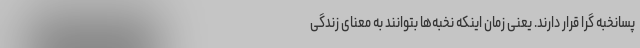
پسانخبه گرا قرار دارند. یعنی زمان اینکه نخبه‌ها بتوانند به معنای زندگی